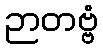
ဉာတဗ္ဗံ